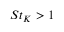
S t _ { K } > 1